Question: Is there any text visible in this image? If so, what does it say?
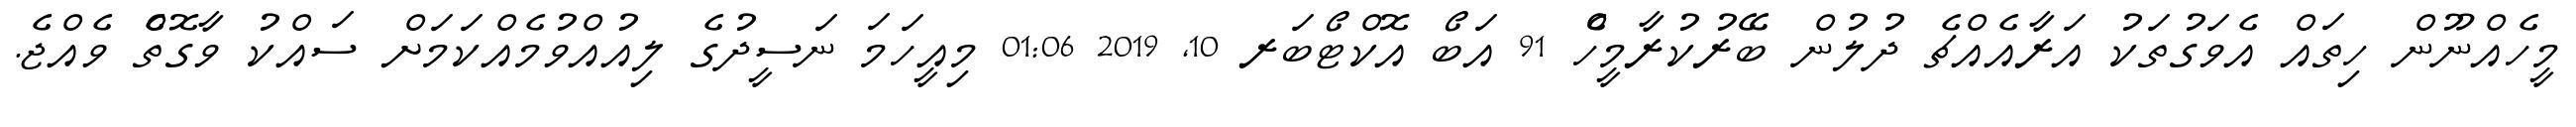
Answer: މީހެއްނޫން ހިތައް އެވަގުތަކު އަރާއެއްޗެ ދުލުން ބޭރުކުރާމީހެް 91 އަބޯ އޮކްޓޯބަރ 10, 2019 01:06 މިއީހަމަ ނަސީދުގެ ލިއުއްވުމެއްކަމަށް ސައްކު ވާގޮތެް ވެއްޖެ.